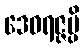
ဒေဝရဇ္ဇမ္ပိ